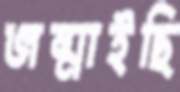
জন্মাইছি